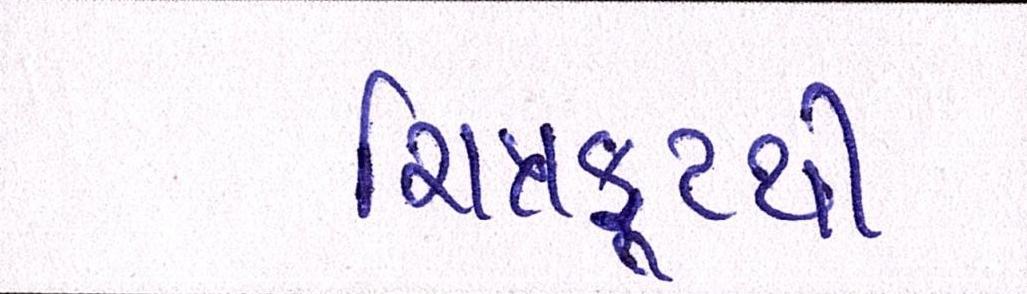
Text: ચિત્રકૂટથી